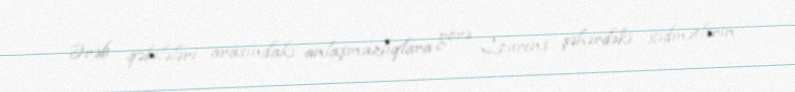
Ərəb qəbilələri arasındakı anlaşmazlıqlara görə Lourens şəhərdəki xidmətlərin